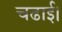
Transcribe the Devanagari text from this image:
चढाई।